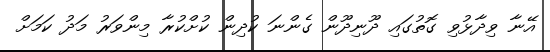
އޭނާ ވިދާޅުވި ގޮތުގައި ދޫނިދޫން ގެންނަ ކުދިން ކުށްކުރާ މިންވަރު މަދު ކަމަށް